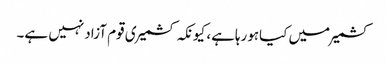
کشمیرمیں کیاہورہاہے، کیونکہ کشمیری قوم آزادنہیں ہے۔